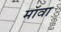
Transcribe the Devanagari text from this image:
मॉवा